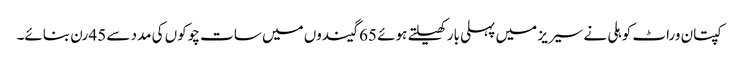
کپتان وراٹ کوہلی نے سیریز میں پہلی بار کھیلتے ہوئے 65 گیندوں میں سات چوکوں کی مدد سے 45 رن بنائے۔